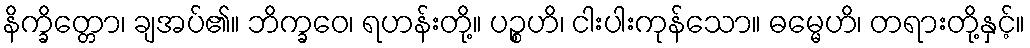
နိက္ခိတ္တော၊ ချအပ်၏။ ဘိက္ခဝေ၊ ရဟန်းတို့။ ပဉ္စဟိ၊ ငါးပါးကုန်သော။ ဓမ္မေဟိ၊ တရားတို့နှင့်။